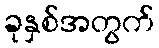
ခုနှစ်အတွက်